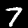
Digit: 7